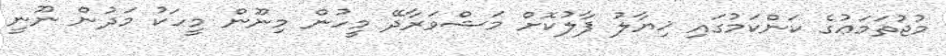
މުޖުތަމަޢުގެ ކަންކަމުގައި ޚިޔާލު ފާލުކޮށް މަޝްވަރާދޭ މީހުން މިނޫން މީހަކު މަދުން ނޫނީ